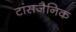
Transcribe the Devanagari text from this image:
टांसजैनिक